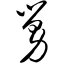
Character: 舅